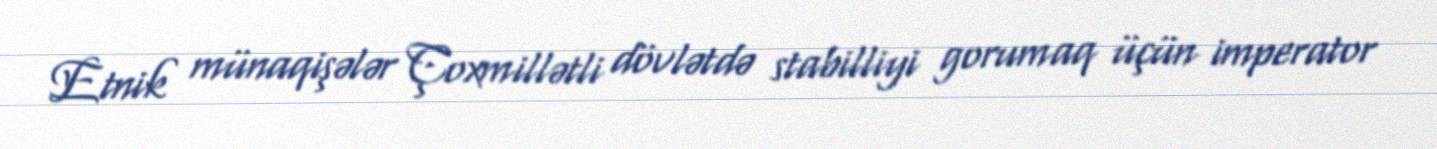
Etnik münaqişələr Çoxmillətli dövlətdə stabilliyi gorumaq üçün imperator